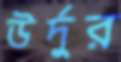
উর্দুর